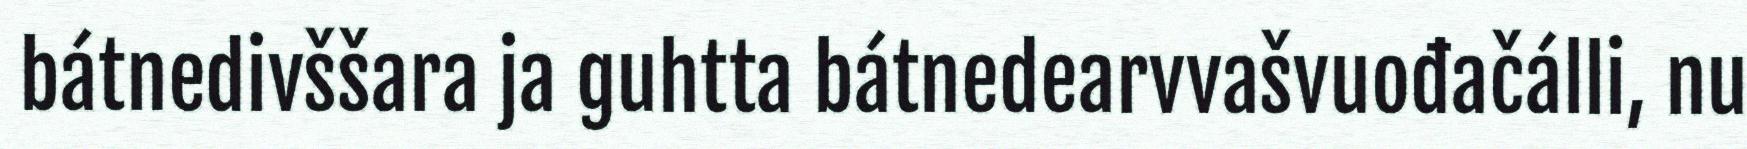
bátnedivššara ja guhtta bátnedearvvašvuođačálli, nu